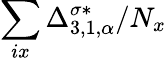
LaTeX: \sum_{ix}\Delta_{3,1,\alpha}^{\sigma*}/N_{x}